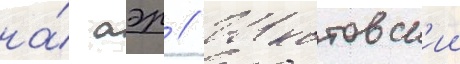
на́ аэр // Шкотовск'ии